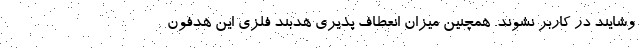
وشایند در کاربر نشوند. همچنین میزان انعطاف پذیری هدبند فلزی این هدفون